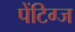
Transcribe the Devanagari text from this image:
पेंटिग्ज